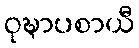
ဝုဍ္ဎာပစာယီ